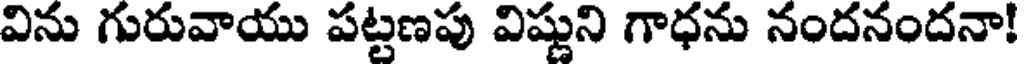
విను గురువాయు పట్టణపు విష్ణుని గాధను నందనందనా!